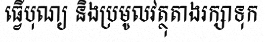
ធ្វើបុណ្យ និងប្រមូលវត្ថុតាងរក្សាទុក